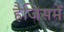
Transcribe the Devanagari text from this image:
हैजिसमें